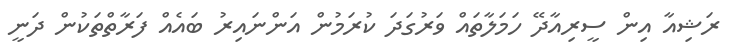
ރަޝިއާ އިން ސީރިއާދޭ ހަމަލާތައް ވަރުގަދަ ކުރަމުން އަންނައިރު ބައެއް ފަރާތްތަކުން ދަނީ